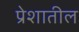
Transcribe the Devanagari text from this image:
प्रेशातील